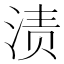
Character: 渍